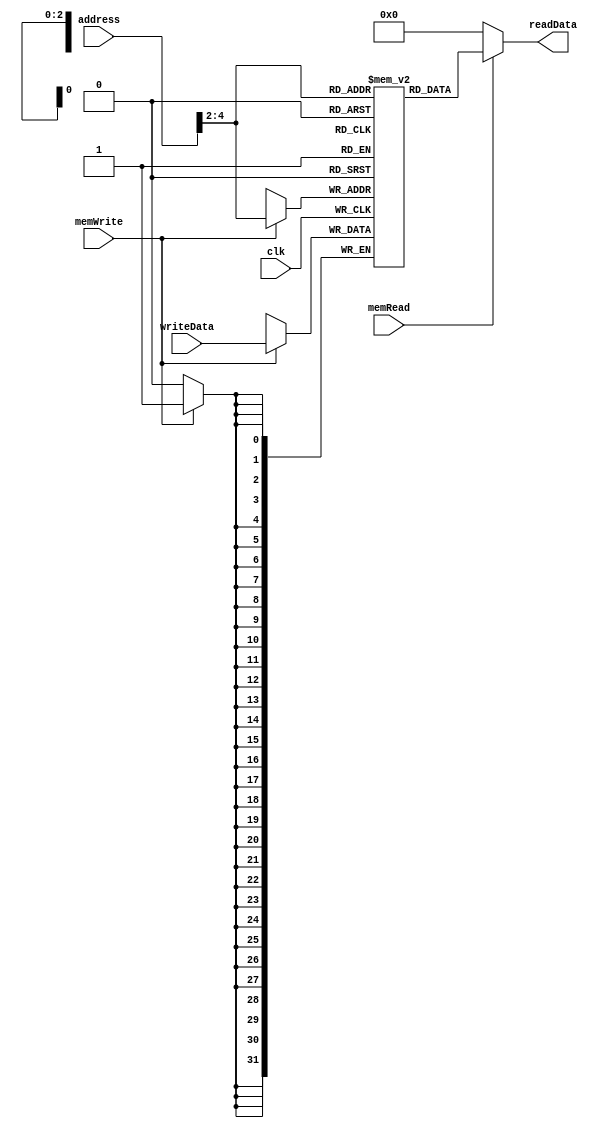
`ifndef MODULE_DM
`define MODULE_DM
`timescale 1ns / 1ps

module DataMemory (
    input               clk,
    input       [31:0]  address,
                        writeData,
    input               memRead,
                        memWrite,
    output      [31:0]  readData
);

    wire        [31:0]  index;
    parameter           size = 8;
    integer             i;
    reg         [31:0]  memory [0:size-1];

    assign index = address >> 2;


    initial begin
        for (i = 0; i < size; i = i + 1)
            memory[i] = 32'b0;
        //readData = 32'b0;
    end

    always @ ( posedge clk ) begin
        if (memWrite == 1'b1) begin
            memory[index] = writeData;
        end
    end

    assign readData = (memRead == 1'b1) ? memory[index] : 32'b0;

endmodule // DataMemory


`endif